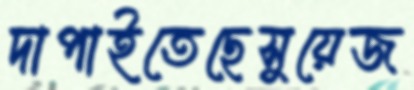
দাপাইতেছেসুয়েজ